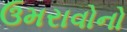
ઉમરાવોનો